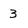
Character: 3